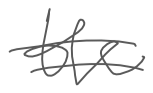
Text: the
Cross-out: double-line
Writing tool: digital_gray